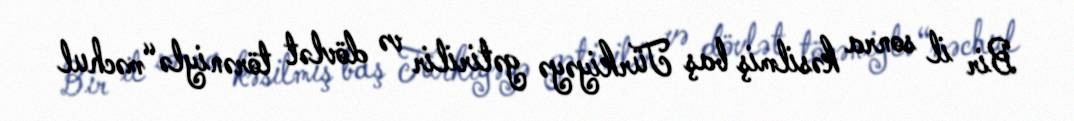
Bir il sonra kəsilmiş baş Türkiyəyə gətirilir və dövlət törəniylə “məchul